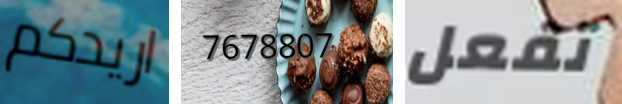
اريدكم 7678807 تفعل